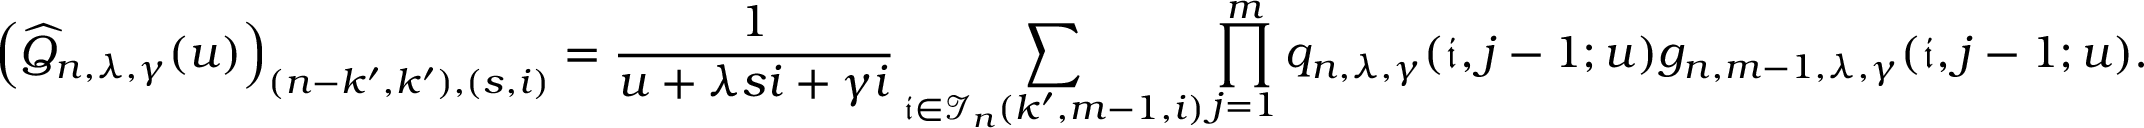
\left( \widehat { Q } _ { n , \lambda , \gamma } ( u ) \right) _ { ( n - k ^ { \prime } , k ^ { \prime } ) , ( s , i ) } = \frac { 1 } { u + \lambda s i + \gamma i } \sum _ { \mathfrak { i } \in \mathcal { I } _ { n } ( k ^ { \prime } , m - 1 , i ) } \prod _ { j = 1 } ^ { m } q _ { n , \lambda , \gamma } ( \mathfrak { i } , j - 1 ; u ) g _ { n , m - 1 , \lambda , \gamma } ( \mathfrak { i } , j - 1 ; u ) .